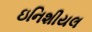
ઇનિશીયલ